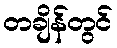
တချိန်တွင်